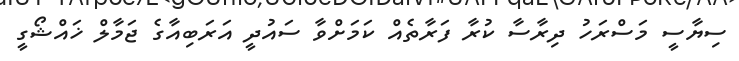
ސިޔާސީ މަސްރަހު ދިރާސާ ކުރާ ފަރާތެއް ކަމަށްވާ ސައުދީ އަރަބިއާގެ ޖަމާލް ޚައްޝޯގީ